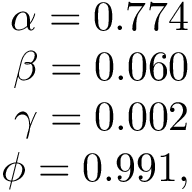
\begin{array} { r } { \alpha = 0 . 7 7 4 } \\ { \beta = 0 . 0 6 0 } \\ { \gamma = 0 . 0 0 2 } \\ { \phi = 0 . 9 9 1 , } \end{array}